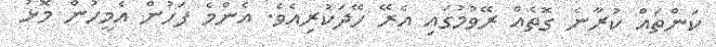
ކަންތައް ކުރާނެ ގޮތެއް ރޭވުމުގައި އެރޭ ހޭދަކުރިއެވެ. އެންމެ ފަހުން އެމީހުން މޮޅު